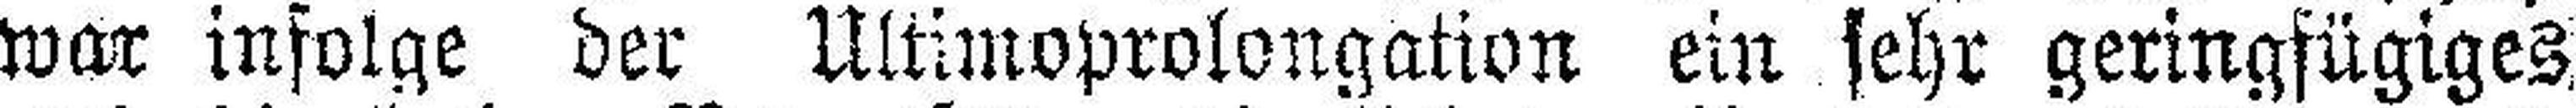
war infolge der Ultimoprolongation ein sehr geringfügiges